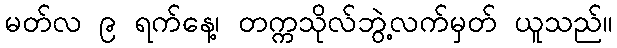
မတ်လ ၉ ရက်နေ့၊ တက္ကသိုလ်ဘွဲ့လက်မှတ် ယူသည်။